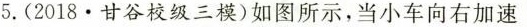
5.(2018.甘谷校级三模)如图所示，当小车向右加速